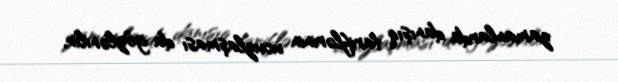
zamanlarda danışıq tariflərinin ucuzlaşması da gözlənilir.